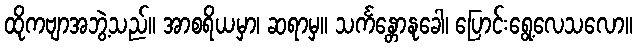
ထိုကဗျာအဘွဲ့သည်။ အာစရိယမှာ၊ ဆရာမှ။ သင်္ကန္တောနုခေါ၊ ပြောင်းရွေ့လေသလော။